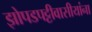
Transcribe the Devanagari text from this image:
झोपडपट्टीवासीयांना